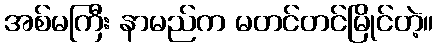
အစ်မကြီး နာမည်က မတင်တင်မြိုင်တဲ့။